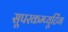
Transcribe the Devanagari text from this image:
सूपरकम्प्यूटिंग